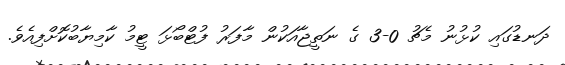
ދަނޑުގައި ކުޅުނު މެޗު 0-3 ގެ ނަތީޖާއަކުން މާފަރު ފުޓްބޯޅަ ޓީމު ކާމިޔާބުކޮށްފިއެވެ.